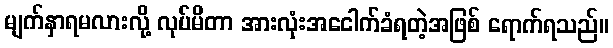
မျက်နှာရမလားလို့ လုပ်မိတာ အားလုံးအငေါက်ခံရတဲ့အဖြစ် ရောက်ရသည်။